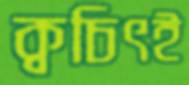
ক্বচিৎই